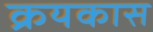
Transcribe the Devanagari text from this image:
क्रयकास